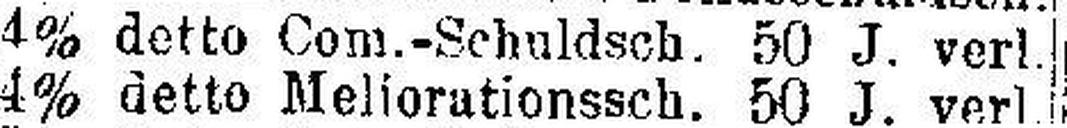
4% detto Com.-Schuldsch. 50 J. verl.